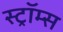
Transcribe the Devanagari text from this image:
स्ट्रॉम्स